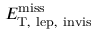
E _ { \mathrm { T , ~ l e p , ~ i n v i s } } ^ { \mathrm { m i s s } }